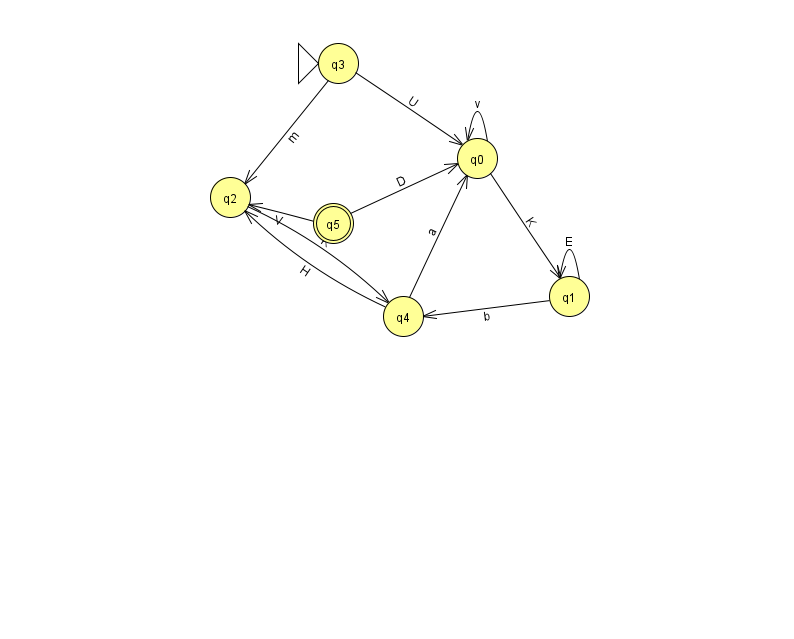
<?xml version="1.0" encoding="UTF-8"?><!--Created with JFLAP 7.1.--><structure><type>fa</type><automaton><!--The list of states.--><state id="0" name="q0"><x>477.0</x><y>145.0</y></state><state id="1" name="q1"><x>569.0</x><y>283.0</y></state><state id="2" name="q2"><x>230.0</x><y>184.0</y></state><state id="3" name="q3"><x>338.0</x><y>50.0</y><initial/></state><state id="4" name="q4"><x>403.0</x><y>303.0</y></state><state id="5" name="q5"><x>333.0</x><y>210.0</y><final/></state><!--The list of transitions.--><transition><from>5</from><to>2</to><read>V</read></transition><transition><from>2</from><to>4</to><read>K</read></transition><transition><from>1</from><to>1</to><read>E</read></transition><transition><from>0</from><to>0</to><read>v</read></transition><transition><from>0</from><to>1</to><read>K</read></transition><transition><from>4</from><to>0</to><read>a</read></transition><transition><from>4</from><to>2</to><read>H</read></transition><transition><from>1</from><to>4</to><read>b</read></transition><transition><from>5</from><to>0</to><read>D</read></transition><transition><from>3</from><to>2</to><read>m</read></transition><transition><from>3</from><to>0</to><read>U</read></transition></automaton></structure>